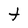
Character: t